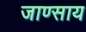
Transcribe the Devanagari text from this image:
जाण्साय